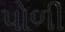
પોળી